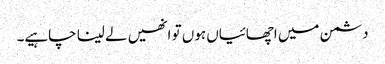
دشمن میں اچھائیاں ہوں تو انھیں لے لینا چاہیے۔